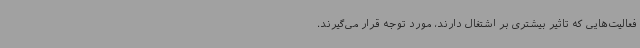
فعالیت‌هایی که تاثیر بیشتری بر اشتغال دارند، مورد توجه قرار می‌گیرند.